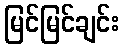
မြင်မြင်ချင်း